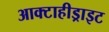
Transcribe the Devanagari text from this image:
आक्टाहीड्राइट